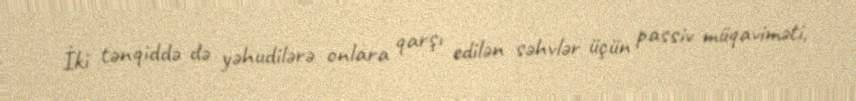
İki tənqiddə də yəhudilərə onlara qarşı edilən səhvlər üçün passiv müqaviməti,